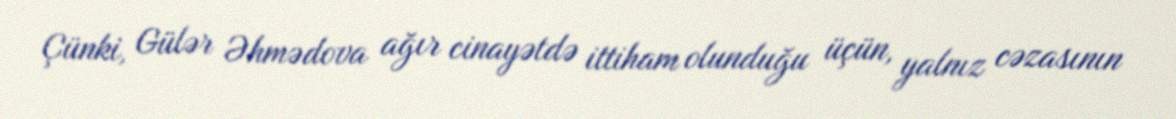
Çünki, Gülər Əhmədova ağır cinayətdə ittiham olunduğu üçün, yalnız cəzasının